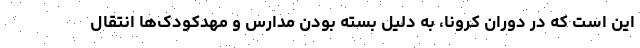
این است که در دوران کرونا، به دلیل بسته بودن مدارس و مهدکودک‌ها انتقال